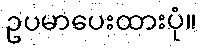
ဥပမာပေးထားပုံ။